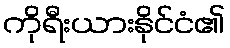
ကိုရီးယားနိုင်ငံ၏